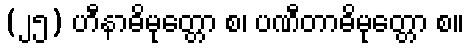
(၂၅) ဟီနာဓိမုတ္တော စ၊ ပဏီတာဓိမုတ္တော စ။